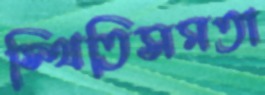
স্থিতিসমতা